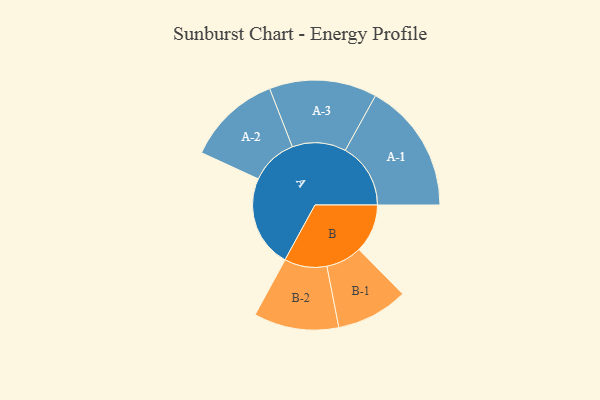
{"axis": {"x": "Segment", "y": "Value"}, "legend": ["", "A", "B"], "data": [{"x": "A", "y": 423, "type": ""}, {"x": "B", "y": 223, "type": ""}, {"x": "A-1", "y": 300, "type": "A"}, {"x": "A-2", "y": 216, "type": "A"}, {"x": "A-3", "y": 247, "type": "A"}, {"x": "B-1", "y": 165, "type": "B"}, {"x": "B-2", "y": 195, "type": "B"}]}